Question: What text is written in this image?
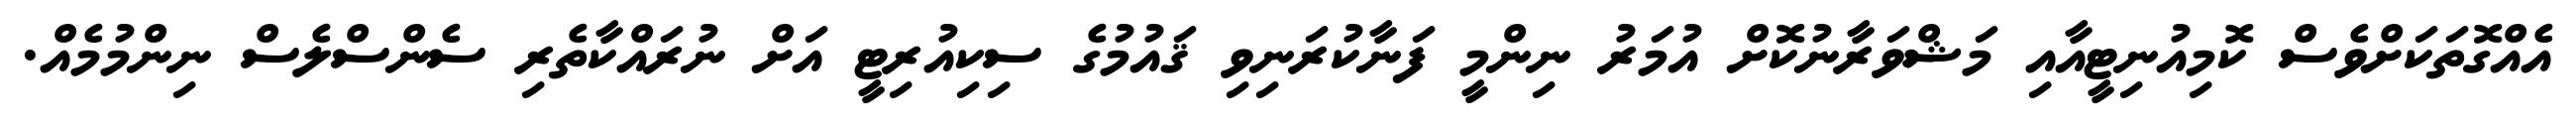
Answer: އެއްގޮތަކަށްވެސް ކޮމިއުނިޓީއާއި މަޝްވަރާނުކޮށް އުމަރު ނިންމީ ފަނާކުރަނިވި ޤައުމުގެ ސިކިއުރިޓީ އަށް ނުރައްކާތެރި ސެންސްލެސް ނިންމުމެއް.